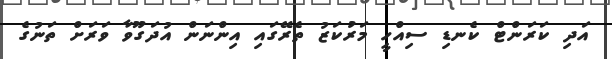
އަދި ކަރަންޓް ކެނޑި ސިއްހީ މަރުކަޒު ތެރޭގައި އިންނަން އުދަގޫވާ ވަރަށް ތަނުގެ